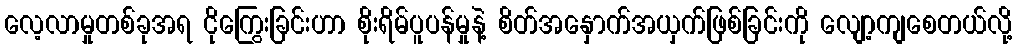
လေ့လာမှုတစ်ခုအရ ငိုကြွေးခြင်းဟာ စိုးရိမ်ပူပန်မှုနဲ့ စိတ်အနှောက်အယှက်ဖြစ်ခြင်းကို လျော့ကျစေတယ်လို့